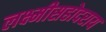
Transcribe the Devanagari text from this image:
लक्ष्मीसहोदराय